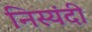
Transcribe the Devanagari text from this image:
निस्यंदी